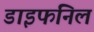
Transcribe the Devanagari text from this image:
डाइफनिल